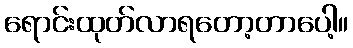
ရောင်းထုတ်လာရတော့တာပေါ့။